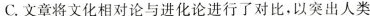
C.文章将文化相对论与进化论进行了对比，以突出人类